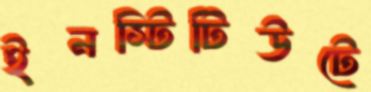
ইনস্টিটিউটে